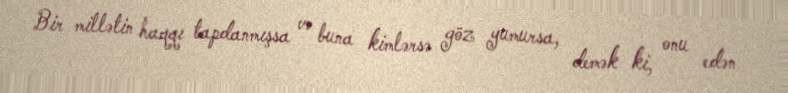
Bir millətin haqqı tapdanmışsa və buna kimlərsə göz yumursa, demək ki, onu edən